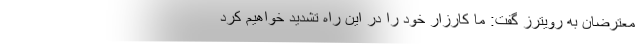
معترضان به رویترز گفت: ما کارزار خود را در این راه تشدید خواهیم کرد